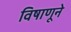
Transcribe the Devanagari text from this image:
विषाणूने